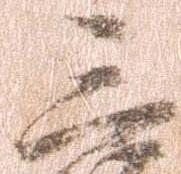
三